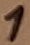
Text: 1